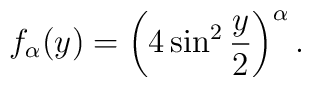
f_\alpha (y) =\left(4\sin^2\frac{y}{2}\right)^{\alpha}.